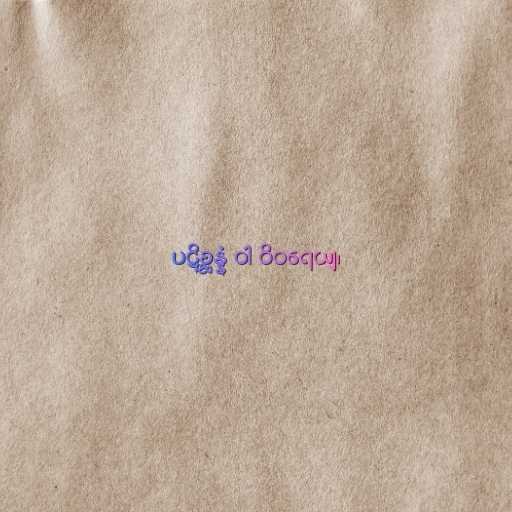
ပဋိစ္ဆန္နံ ဝါ ဝိဝရေယျ၊